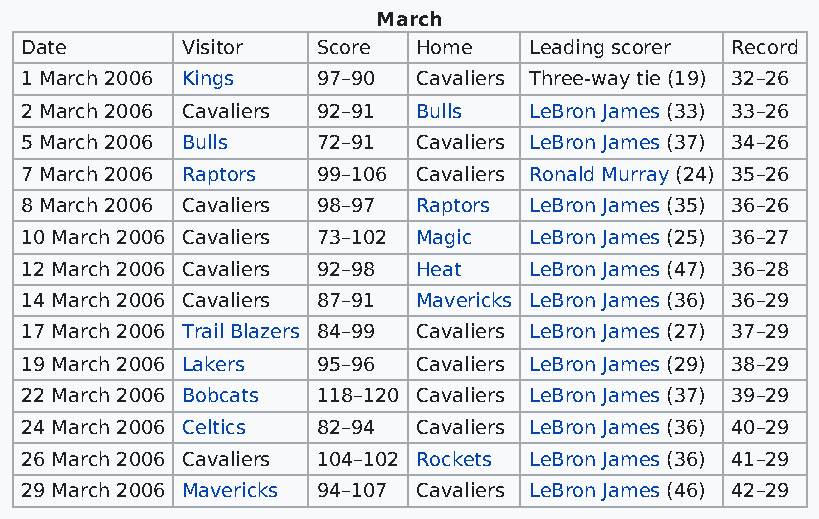
March
 Date       Visitor  Score  Home   Leading scorer Record
 1 March 2006 Kings  97–90  Cavaliers Three-way tie (19) 32–26
 2 March 2006 Cavaliers 92–91 Bulls LeBron James (33) 33–26
 5 March 2006 Bulls  72–91  Cavaliers LeBron James (37) 34–26
 7 March 2006 Raptors 99–106 Cavaliers Ronald Murray (24) 35–26
 8 March 2006 Cavaliers 98–97 Raptors LeBron James (35) 36–26
 10 March 2006 Cavaliers 73–102 Magic LeBron James (25) 36–27
 12 March 2006 Cavaliers 92–98 Heat LeBron James (47) 36–28
 14 March 2006 Cavaliers 87–91 Mavericks LeBron James (36) 36–29
 17 March 2006 Trail Blazers 84–99 Cavaliers LeBron James (27) 37–29
 19 March 2006 Lakers 95–96 Cavaliers LeBron James (29) 38–29
 22 March 2006 Bobcats 118–120 Cavaliers LeBron James (37) 39–29
 24 March 2006 Celtics 82–94 Cavaliers LeBron James (36) 40–29
 26 March 2006 Cavaliers 104–102 Rockets LeBron James (36) 41–29
 29 March 2006 Mavericks 94–107 Cavaliers LeBron James (46) 42–29